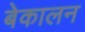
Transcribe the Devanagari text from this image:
बेकालन